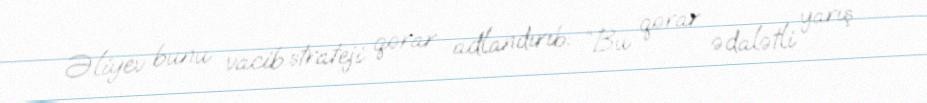
Əliyev bunu vacib strateji qərar adlandırıb: “Bu qərar ədalətli yarış